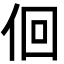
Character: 佪